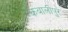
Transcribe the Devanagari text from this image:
कबालीपुर